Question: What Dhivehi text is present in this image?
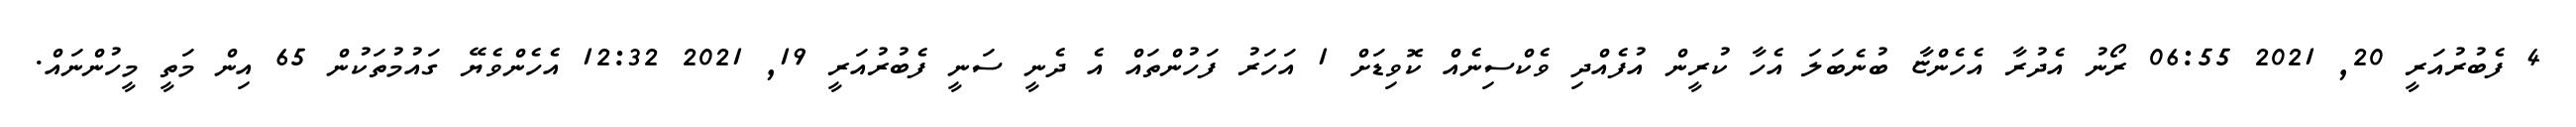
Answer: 4 ފެބުރުއަރީ 20, 2021 06:55 ރޯނު އެދުރާ އެހެންޏާ ބުނެބަލަ އެހާ ކުރީން އުފެއްދި ވެކްސިނެއް ކޮވިޑަށް 1 އަހަރު ފަހުންތައް އެ ދެނީ ސަނީ ފެބުރުއަރީ 19, 2021 12:32 އެހެންވެޔޭ ގައުމުތަކުން 65 އިން މަތީ މީހުންނައް.